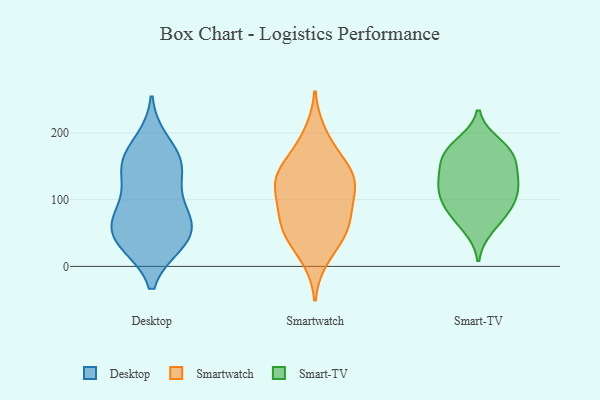
{"axis": {"x": "Latency (ms)", "y": "Value"}, "legend": ["Desktop", "Smart-TV", "Smartwatch"], "data": [{"x": "", "y": 186, "type": "Desktop"}, {"x": "", "y": 35, "type": "Desktop"}, {"x": "", "y": 96, "type": "Desktop"}, {"x": "", "y": 36, "type": "Desktop"}, {"x": "", "y": 151, "type": "Desktop"}, {"x": "", "y": 79, "type": "Desktop"}, {"x": "", "y": 57, "type": "Desktop"}, {"x": "", "y": 157, "type": "Desktop"}, {"x": "", "y": 35, "type": "Desktop"}, {"x": "", "y": 140, "type": "Desktop"}, {"x": "", "y": 77, "type": "Desktop"}, {"x": "", "y": 54, "type": "Desktop"}, {"x": "", "y": 154, "type": "Desktop"}, {"x": "", "y": 105, "type": "Smartwatch"}, {"x": "", "y": 103, "type": "Smartwatch"}, {"x": "", "y": 69, "type": "Smartwatch"}, {"x": "", "y": 13, "type": "Smartwatch"}, {"x": "", "y": 145, "type": "Smartwatch"}, {"x": "", "y": 61, "type": "Smartwatch"}, {"x": "", "y": 53, "type": "Smartwatch"}, {"x": "", "y": 67, "type": "Smartwatch"}, {"x": "", "y": 140, "type": "Smartwatch"}, {"x": "", "y": 123, "type": "Smartwatch"}, {"x": "", "y": 38, "type": "Smartwatch"}, {"x": "", "y": 170, "type": "Smartwatch"}, {"x": "", "y": 198, "type": "Smartwatch"}, {"x": "", "y": 136, "type": "Smartwatch"}, {"x": "", "y": 126, "type": "Smartwatch"}, {"x": "", "y": 58, "type": "Smart-TV"}, {"x": "", "y": 124, "type": "Smart-TV"}, {"x": "", "y": 119, "type": "Smart-TV"}, {"x": "", "y": 101, "type": "Smart-TV"}, {"x": "", "y": 94, "type": "Smart-TV"}, {"x": "", "y": 88, "type": "Smart-TV"}, {"x": "", "y": 128, "type": "Smart-TV"}, {"x": "", "y": 184, "type": "Smart-TV"}, {"x": "", "y": 177, "type": "Smart-TV"}, {"x": "", "y": 167, "type": "Smart-TV"}, {"x": "", "y": 133, "type": "Smart-TV"}, {"x": "", "y": 160, "type": "Smart-TV"}, {"x": "", "y": 162, "type": "Smart-TV"}, {"x": "", "y": 74, "type": "Smart-TV"}]}